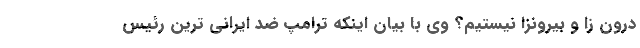
درون زا و بیرونزا نیستیم؟ وی با بیان اینکه ترامپ ضد ایرانی ترین رئیس